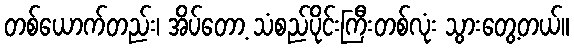
တစ်ယောက်တည်း၊ အိပ်တော့ သံစည်ပိုင်းကြီးတစ်လုံး သွားတွေ့တယ်။